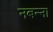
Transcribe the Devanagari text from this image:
नबन्ना